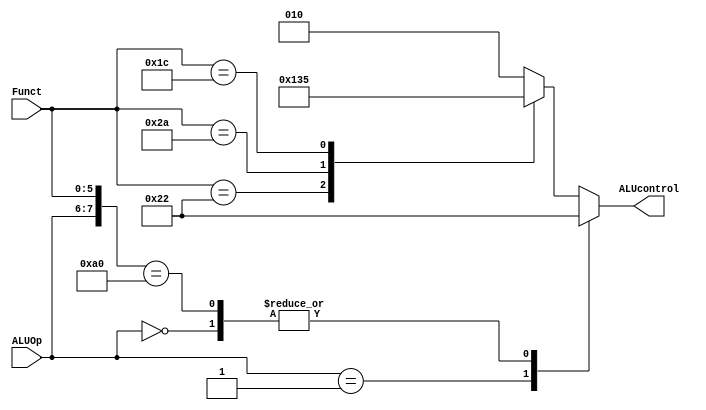
module ALU_decoder(
input [5:0]Funct,
input [1:0]ALUOp,
output reg [2:0]ALUcontrol
);


always@*
begin

casex({ALUOp,Funct})
8'b00xxxxxx:
begin
ALUcontrol=3'b010;
end
8'b01xxxxxx:
begin
ALUcontrol=3'b100;
end
8'b10100000:
begin
ALUcontrol=3'b010;
end
8'bxx100010 :
begin
ALUcontrol=3'b100;
end
8'bxx101010 :
begin
ALUcontrol=3'b110;
end
8'bxx011100 :
begin
ALUcontrol=3'b101;
end
default     :
begin
ALUcontrol=3'b010;
end

endcase



end

endmodule